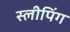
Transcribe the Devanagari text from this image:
स्‍लीपिंग